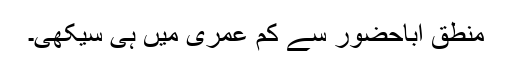
منطق اباحضور سے کم عمری میں ہی سیکھی۔